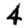
Digit: 4